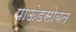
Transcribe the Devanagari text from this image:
पाऊंडसोबत